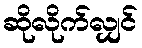
ဆိုလိုက်လျှင်